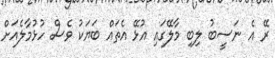
ރޭ އެ ނަސީބު ލިބި މާލޭގައި އުޅޭ އެތައް ބަޔަކު ވެސް ހުޅުމާލެއަށް